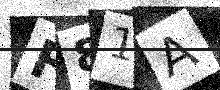
Text: F81A